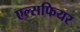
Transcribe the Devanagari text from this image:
एल्सफियर